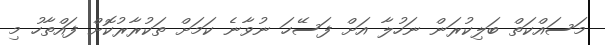
މަސައްކަތް ބަލިކުރަން ނަހުލާ އަށް ފަސޭހަ ނުވާނެ ކަމަށް ތަކުރާރުކޮށް ފައްތާހު މި